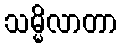
သမ္မိလာတာ